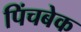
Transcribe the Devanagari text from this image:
पिंचबेक